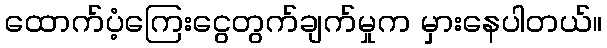
ထောက်ပံ့ကြေးငွေတွက်ချက်မှုက မှားနေပါတယ်။